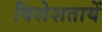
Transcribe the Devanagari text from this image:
विशेशतायें